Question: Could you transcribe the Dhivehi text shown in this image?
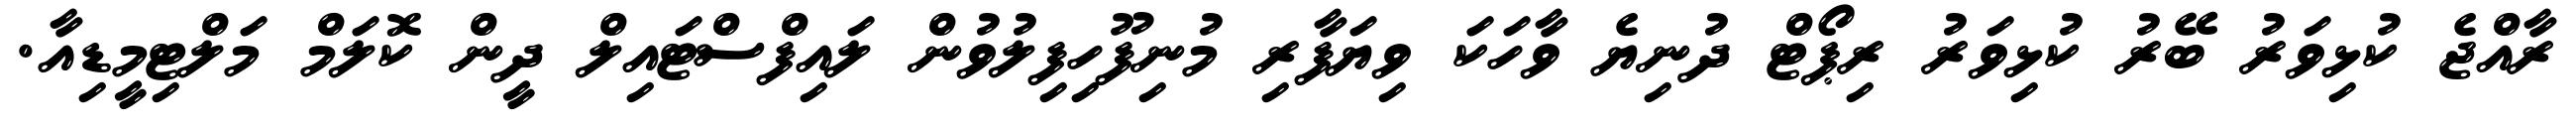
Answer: ރާއްޖެ ކުޅިވަރު ބޭރު ކުޅިވަރު ރިޕޯޓް ދުނިޔެ ވާހަކަ ވިޔަފާރި މުނިފޫހިފިލުވުން ލައިފްސްޓައިލް ދީން ކޮލަމް މަލްޓިމީޑިއާ.